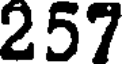
257